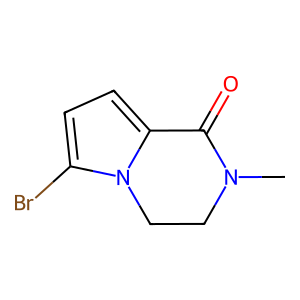
SMILES: CN1CCn2c(Br)ccc2C1=O
Inhibits HIV replication: No